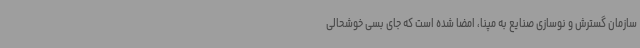
سازمان گسترش و نوسازی صنایع به مپنا، امضا شده است که جای بسی خوشحالی